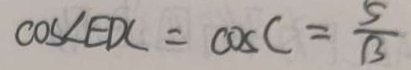
\cos \angle E D C = \cos C = \frac { 5 } { 1 3 }